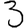
Digit: 3